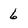
Character: 6